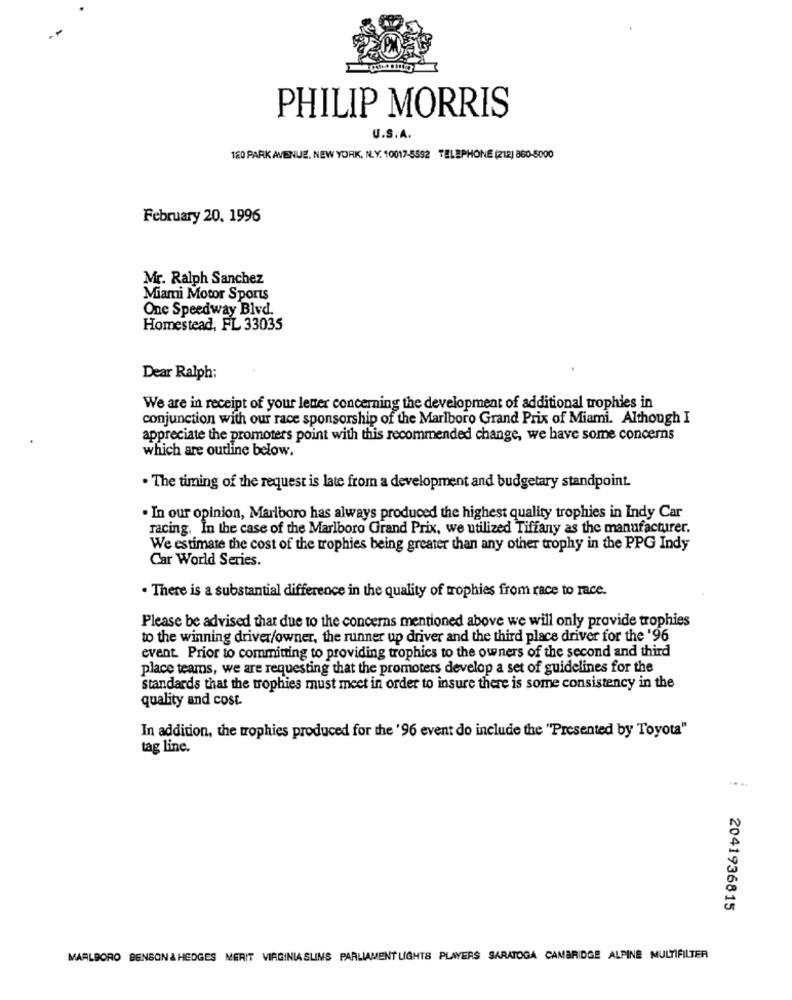
PHILIP MORRIS
U.S. A.
120 PARK AVENUE. NEW YORK, N.Y. 10017-5592 TELEPHONE (212) 860-5000
February 20. 1996
Mr. Ralph Sanchez
Miami Motor Sports
One Speedway Blvd.
Homestead, FL 33035
Dear Ralph:
We are in receipt of your letter concerning the development of additional trophies in
conjunction with our race sponsorship of the Marlboro Grand Prix of Miami. Although I
appreciate the promoters point with this recommended change, we have some concerns
which are outline below.
. The timing of the request is late from a development and budgetary standpoint.
. In our opinion, Marlboro has always produced the highest quality trophies in Indy Car
racing. In the case of the Marlboro Grand Prix, we utilized Tiffany as the manufacturer.
We estimate the cost of the trophies being greater than any other trophy in the PPG Indy
Car World Series.
. There is a substantial difference in the quality of trophies from race to race.
Please be advised that due to the concerns mentioned above we will only provide trophies
to the winning driver/owner, the runner up driver and the third place driver for the '96
event. Prior to committing to providing trophies to the owners of the second and third
place teams, we are requesting that the promoters develop a set of guidelines for the
standards that the trophies must meet in order to insure there is some consistency in the
quality and cost.
In addition, the trophies produced for the '96 event do include the "Presented by Toyota"
tag line.
2041936815
MARLBORO BENSON& HEDGES MERIT VIRGINIA SUINS PARLIAMENT LIGHTS PLAYERS SARATOGA CAMBRIDGE ALPINE MULTIFILTER